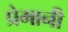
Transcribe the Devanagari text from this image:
प्रेमानी